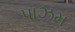
પાઝમ